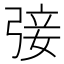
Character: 㢺